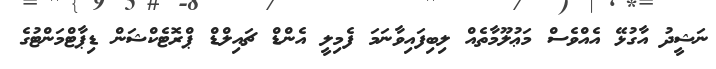
ނަޝީދު އާގުޅޭ އެއްވެސް މަޢުލޫމާތެއް ލިބިފައިވާނަމަ ފެމިލީ އެންޑް ޗައިލްޑް ޕްރޮޓެކްޝަން ޑިޕާޓްމަންޓުގެ